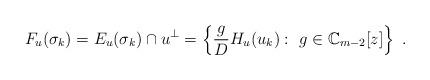
LaTeX: \begin{align*}F_u(\sigma_k)=E_u(\sigma_k)\cap u^\perp=\left\{\frac{g}{D}H_u(u_k):\ g\in \mathbb{C}_{m-2}[z]\right\}\ .\end{align*}